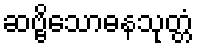
ဆဗ္ဗိသောဓနသုတ္တံ